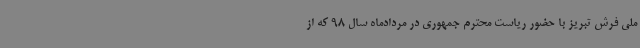
ملی فرش تبریز با حضور ریاست محترم جمهوری در مردادماه سال 98 که از